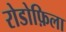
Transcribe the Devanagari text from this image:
रोडोफ़िला